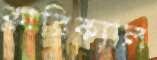
ক্লারিক্যাল